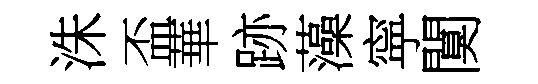
洙盃華跡藻寜闃